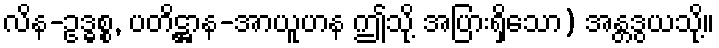
လိန-ဥဒ္ဓစ္စ, ပတိဋ္ဌာန-အာယူဟန ဤသို့ အပြားရှိသော) အန္တဒွယသို့။